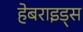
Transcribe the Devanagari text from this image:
हेबराइड्स